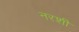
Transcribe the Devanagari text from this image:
नरशी